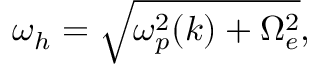
\begin{array} { r } { \omega _ { h } = \sqrt { \omega _ { p } ^ { 2 } ( k ) + \Omega _ { e } ^ { 2 } } , } \end{array}